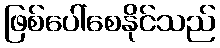
ဖြစ်ပေါ်စေနိုင်သည်